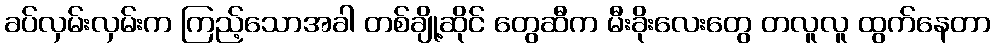
ခပ်လှမ်းလှမ်းက ကြည့်သောအခါ တစ်ချို့ဆိုင် တွေဆီက မီးခိုးလေးတွေ တလူလူ ထွက်နေတာ